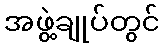
အဖွဲ့ချုပ်တွင်